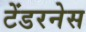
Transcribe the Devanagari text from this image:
टेंडरनेस